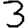
Digit: 3